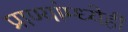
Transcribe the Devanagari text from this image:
प्राण्यांम्ध्येही